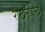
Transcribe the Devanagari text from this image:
रीखेनबाख